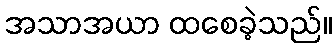
အသာအယာ ထစေခဲ့သည်။